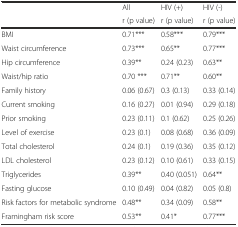
| <ROWSPAN=2>  | All | HIV (+) | HIV (-) |
 | r (p value) | r (p value) | r (p value) |
 | --- | --- | --- | --- |
 | BMI | 0.71*** | 0.58*** | 0.79*** |
 | Waist circumference | 0.73*** | 0.65** | 0.77*** |
 | Hip circumference | 0.39** | 0.24 (0.23) | 0.63** |
 | Waist/hip ratio | 0.70 *** | 0.71** | 0.60** |
 | Family history | 0.06 (0.67) | 0.3 (0.13) | 0.33 (0.14) |
 | Current smoking | 0.16 (0.27) | 0.01 (0.94) | 0.29 (0.18) |
 | Prior smoking | 0.23 (0.11) | 0.1 (0.62) | 0.25 (0.26) |
 | Level of exercise | 0.23 (0.1) | 0.08 (0.68) | 0.36 (0.09) |
 | Total cholesterol | 0.24 (0.1) | 0.19 (0.36) | 0.35 (0.12) |
 | LDL cholesterol | 0.23 (0.12) | 0.10 (0.61) | 0.33 (0.15) |
 | Triglycerides | 0.39** | 0.40 (0.051) | 0.64** |
 | Fasting glucose | 0.10 (0.49) | 0.04 (0.82) | 0.05 (0.8) |
 | Risk factors for metabolic syndrome | 0.48** | 0.34 (0.09) | 0.58** |
 | Framingham risk score | 0.53** | 0.41* | 0.77*** |